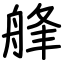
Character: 艂